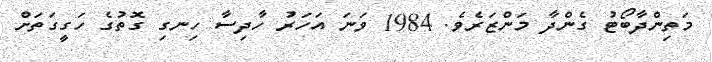
މަތިންދާބޯޓު ގެންދާ މަންޒަރެވެ. 1984 ވަނަ އަހަރު ހާދިސާ ހިނގި ގޮތުގެ ހަގީގަތަށް